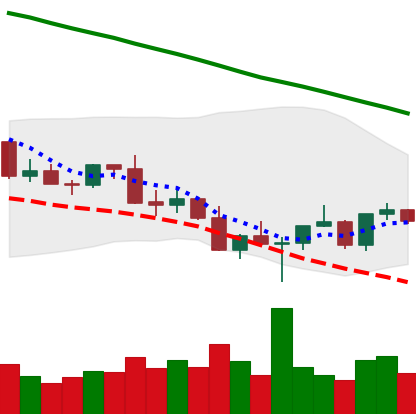
Ticker: XLM-USD
Chart end date: 2022-03-02
Forward return: -11.909%
Label: down_7plus